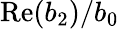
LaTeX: \mathrm{Re}(b_{2})/b_{0}